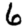
Digit: 6